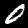
Label: 0